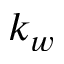
k _ { w }